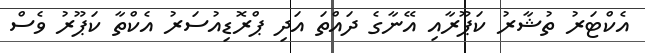
އެކްޓަރު ތުޝާރު ކަޕޫރާއި އޭނާގެ ދައްތަ އަދި ޕްރޮޑިއުސަރު އެކްތާ ކަޕޫރު ވެސް